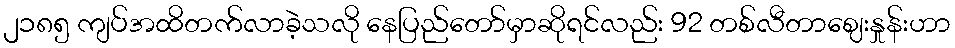
၂၁၈၅ ကျပ်အထိတက်လာခဲ့သလို နေပြည်တော်မှာဆိုရင်လည်း 92 တစ်လီတာဈေးနှုန်းဟာ